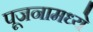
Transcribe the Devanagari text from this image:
पूजनामध्ये